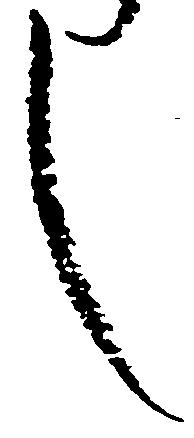
し